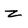
Character: z